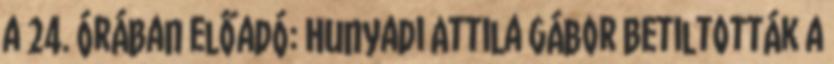
a 24. órában előadó: Hunyadi Attila Gábor Betiltották a